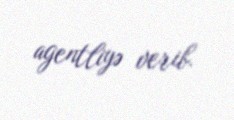
agentliyə verib.